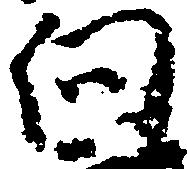
向